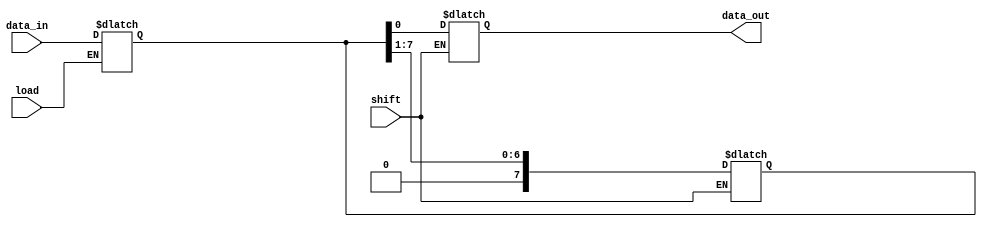
module piso_register #(
    parameter N = 8 // Width of the register
)(
    input  [N-1:0] data_in,   // Parallel input data bus
    input          load,       // Active-high control signal to load data
    input          shift,      // Active-high control signal to shift data out
    output reg     data_out    // Serial output for shifted data
);

    reg [N-1:0] shift_reg; // Shift register to hold data

    always @* begin
        // Load data into shift register on load signal
        if (load) begin
            shift_reg = data_in; // Load data asynchronously
        end
    end

    always @(shift or shift_reg) begin
        // Shift data out when shift signal is high
        if (shift) begin
            // Shift out the least significant bit (LSB)
            data_out = shift_reg[0]; // Output the LSB
            // Shift the register to the right
            shift_reg = {1'b0, shift_reg[N-1:1]}; // Shift right
        end
    end

endmodule